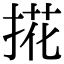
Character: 𢯘